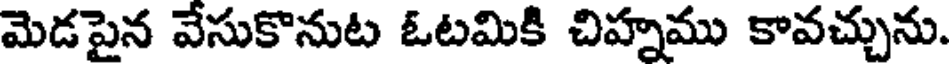
మెడపైన వేసుకొనుట ఓటమికి చిహ్నము కావచ్చును.